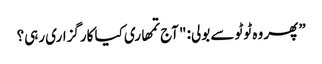
” پھر وہ ٹوٹو سے بولی: "آج تمھاری کیا کارگزاری رہی؟